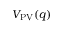
V _ { \mathrm { P V } } ( q )